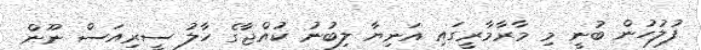
ފުލުހުން ބުނީ މި މާރާމާރީގައި އަނިޔާ ލިބުނު ކުއްޖާގެ ހާލު ސީރިއަސް ނޫން